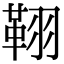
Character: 𦑜